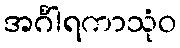
အင်္ဂါရကာသုံဝ